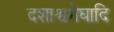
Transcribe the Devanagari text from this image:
दशाश्वमेघादि